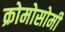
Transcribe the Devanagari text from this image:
क्रोमोसोमी